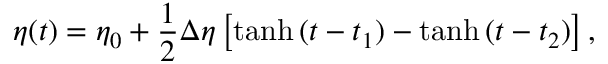
\eta ( t ) = \eta _ { 0 } + { \frac { 1 } { 2 } } \Delta \eta \left[ \operatorname { t a n h } { ( t - t _ { 1 } ) } - \operatorname { t a n h } { ( t - t _ { 2 } ) } \right] ,